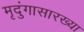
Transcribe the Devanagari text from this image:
मृदुंगासारख्या